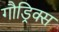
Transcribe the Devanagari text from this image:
गौड्रिक्स